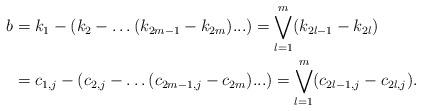
LaTeX: \begin{align*} b&=k_1-(k_2-\ldots (k_{2m-1}-k_{2m}).\,\!.\,\!.)=\bigvee_{l=1}^m (k_{2l-1}-k_{2l})\\ &=c_{1,j}-(c_{2,j}-\ldots (c_{2m-1,j}-c_{2m}).\,\!.\,\!.)=\bigvee_{l=1}^m (c_{2l-1,j}-c_{2l,j}). \end{align*}